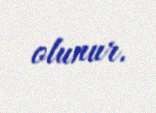
olunur.